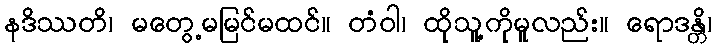
နဒိဿတိ၊ မတွေ့မမြင်မထင်။ တံဝါ၊ ထိုသူ့ကိုမူလည်း။ ရောဒန္တိ၊